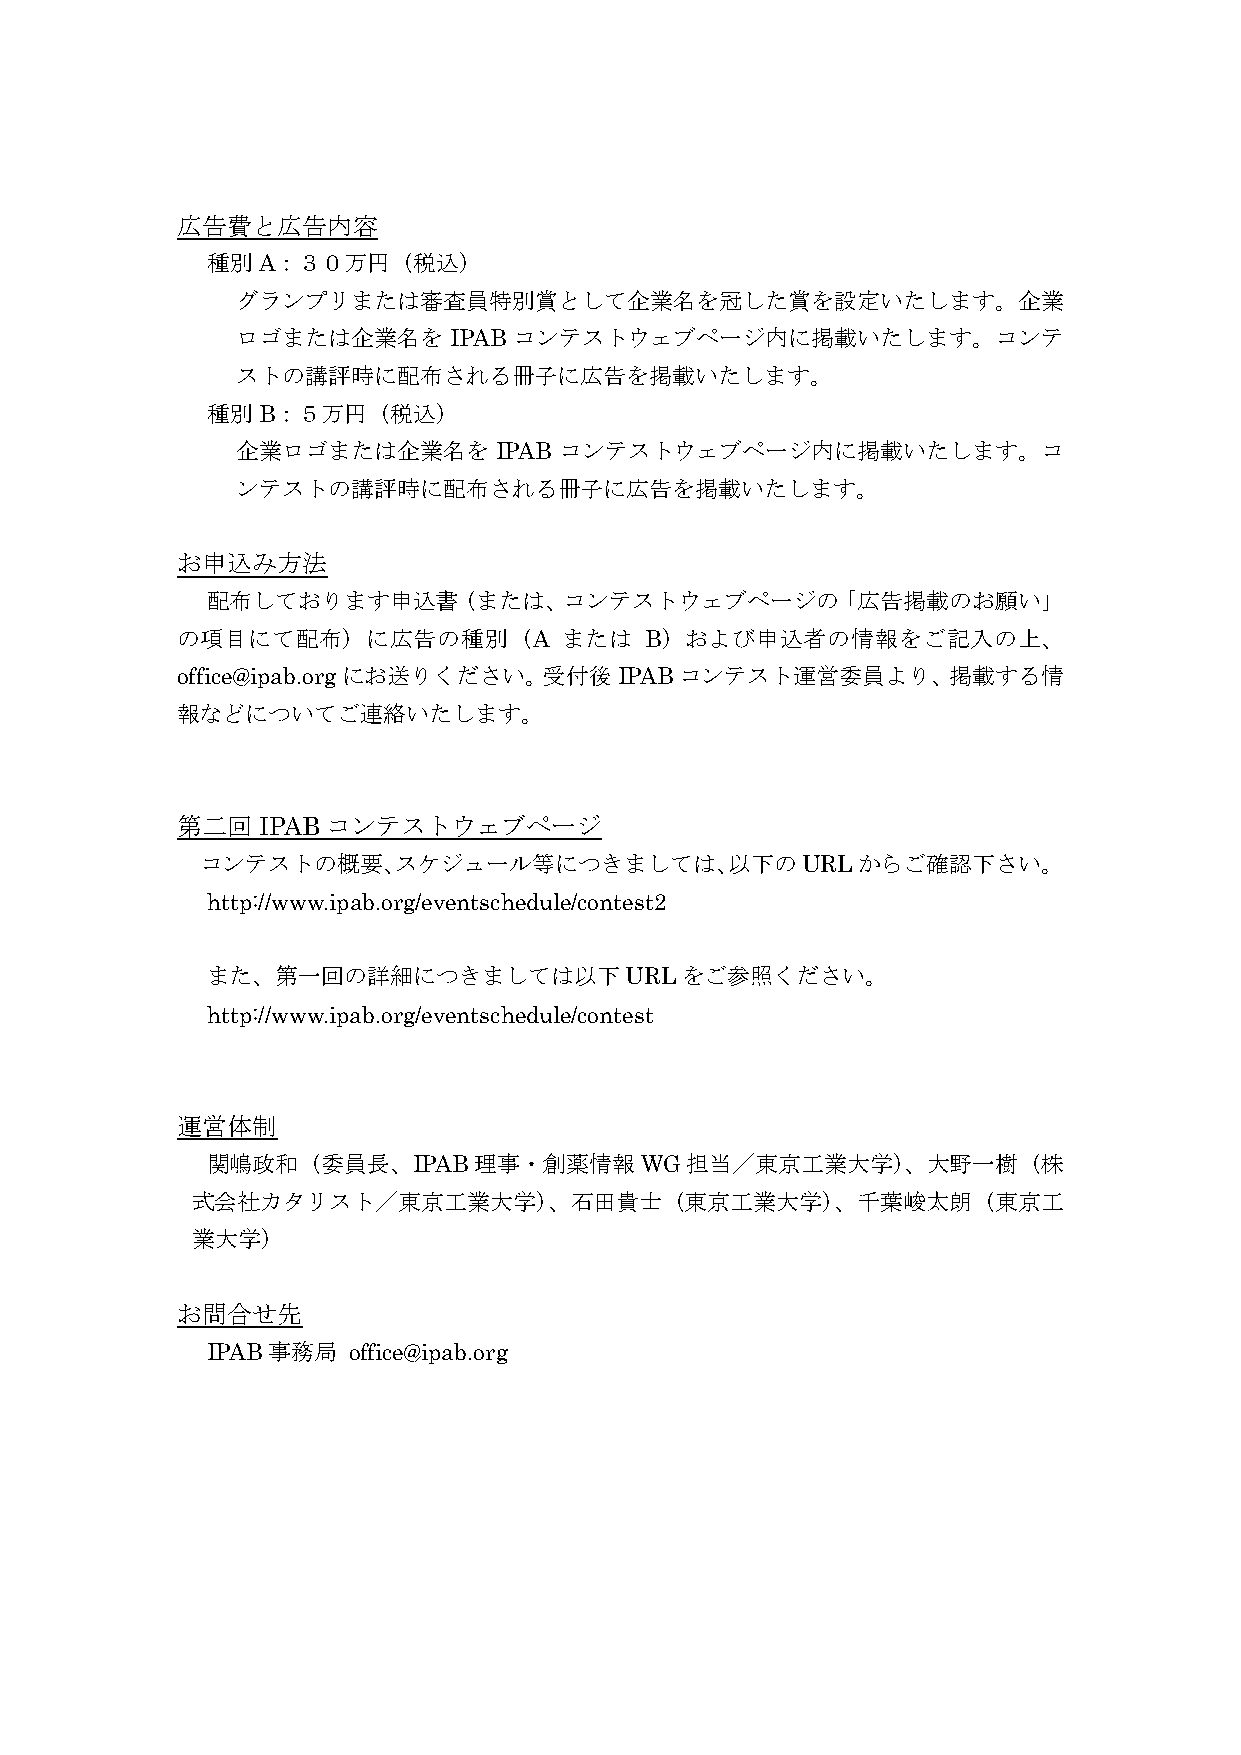
広告費と広告内容
 種別A：３０万円（税込）
 グランプリまたは審査員特別賞として企業名を冠した賞を設定いたします。企業
 ロゴまたは企業名を     IPAB コンテストウェブページ内に掲載いたします。コンテ
 ストの講評時に配布される冊子に広告を掲載いたします。
 種別B：５万円（税込）
 企業ロゴまたは企業名を      IPAB コンテストウェブページ内に掲載いたします。コ
 ンテストの講評時に配布される冊子に広告を掲載いたします。
 お申込み方法
 配布しております申込書（または、コンテストウェブページの「広告掲載のお願い」
 の項目にて配布）に広告の種別（A         または   B）および申込者の情報をご記入の上、
 office@ipab.orgにお送りください。受付後IPABコンテスト運営委員より、掲載する情
 報などについてご連絡いたします。
 第二回IPABコンテストウェブページ
 コンテストの概要、スケジュール等につきましては、以下のURLからご確認下さい。
 http://www.ipab.org/eventschedule/contest2
 また、第一回の詳細につきましては以下URLをご参照ください。
 http://www.ipab.org/eventschedule/contest
 運営体制
 関嶋政和（委員長、IPAB理事・創薬情報WG担当／東京工業大学）、大野一樹（株
 式会社カタリスト／東京工業大学）、石田貴士（東京工業大学）、千葉峻太朗（東京工
 業大学）
 お問合せ先
 IPAB事務局  office@ipab.org